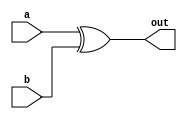
`timescale 1ns/10ps

module and_gate_n(a,b,out);
    parameter n = 32;

    input [n-1:0]a,b;
    output [n-1:0]out;
    assign out = a ^ b;
 endmodule